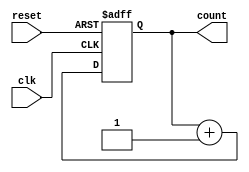
module FourBitCounter(
  input wire clk,
  input wire reset, 
  output reg [3:0] count
);
  always @(posedge clk or posedge reset) begin
    if (reset)
      count <= 4'b0000; // Set the output to zero
    else
      count <= count + 1; //Increase by 1 
  end
endmodule